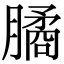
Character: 𣎛